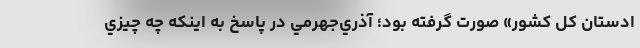
ادستان كل كشور» صورت گرفته بود؛ آذري‌جهرمي در پاسخ به اينكه چه چيزي